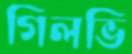
গিলভি